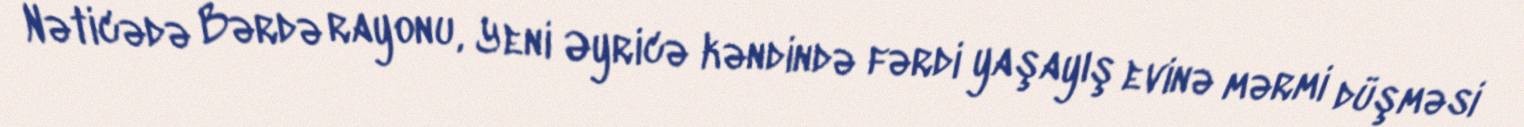
Nəticədə Bərdə rayonu, Yeni Əyricə kəndində fərdi yaşayış evinə mərmi düşməsi